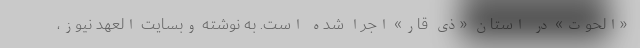
«الحوت» در استان «ذی قار» اجرا شده است. به نوشته وبسایت العهد نیوز،